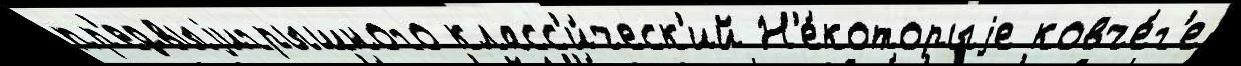
пр'едвыjигрышного класс'и́ческ'ий Н'е́которыjе ковче́г'е